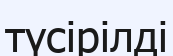
түсірілді